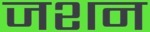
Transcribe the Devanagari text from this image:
जशन